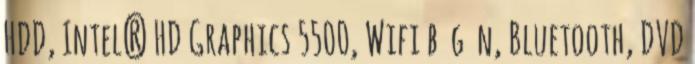
HDD, Intel® HD Graphics 5500, Wifi b g n, Bluetooth, DVD